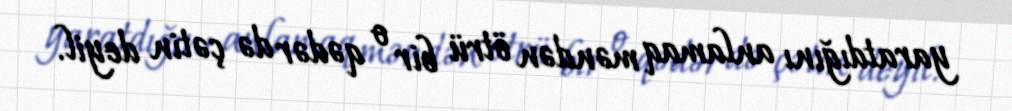
yaratdığını anlamaq məndən ötrü bir o qədər də çətin deyil.